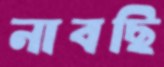
নাবছি